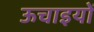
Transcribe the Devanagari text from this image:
ऊचाइयों